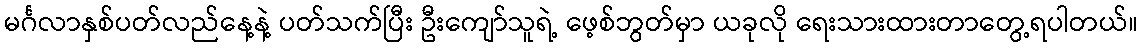
မင်္ဂလာနှစ်ပတ်လည်နေ့နဲ့ ပတ်သက်ပြီး ဦးကျော်သူရဲ့ ဖေ့စ်ဘွတ်မှာ ယခုလို ရေးသားထားတာတွေ့ရပါတယ်။